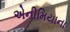
એનીમિયાના